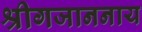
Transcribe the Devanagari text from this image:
श्रीगजाननाय